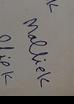
Signature authenticity: forged